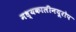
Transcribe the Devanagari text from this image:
मध्यकालीनयूरोप